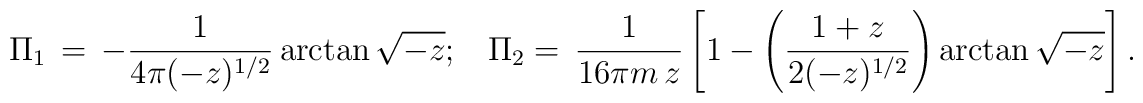
\Pi _{1} \,=\, -\frac{1}{4\pi (-z)^{1/2}}\arctan \sqrt{-z};\, \,\, \,\, \Pi_{2}=\,\frac{1}{16\pi m\, z}\left[ 1-\left( \frac{1+z}{2 (-z)^{1/2}}\right)\arctan\sqrt{-z}\right] .